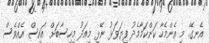
އެނގޭ. މި އެންމެހާ ކަންކަމާމެދު ފިޔަވަޅު ނޭޅި މިއަދު މިހިސާބަށް އައިސް އެއްވެސް